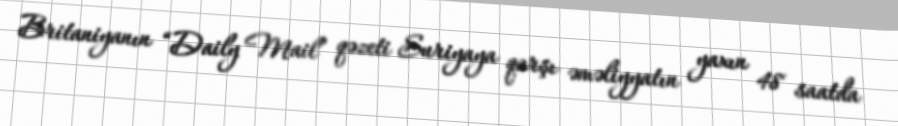
Britaniyanın “Daily Mail” qəzeti Suriyaya qarşı əməliyyatın yaxın 48 saatda